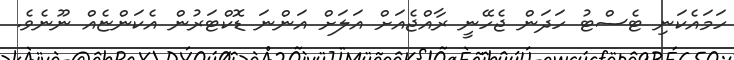
ހަމައެކަނި ޓެސްޓު ހަދަން ޖެހޭނީ ރާއްޖެއަށް އަލަށް އަންނަ ޑޮކްޓަރުން އެކަންޏެއް ނޫނެވެ.